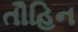
તૌહિન